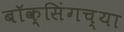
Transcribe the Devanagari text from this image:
बॉक्सिंगच्या